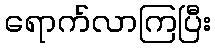
ရောက်လာကြပြီး